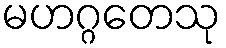
မဟဂ္ဂတေသု